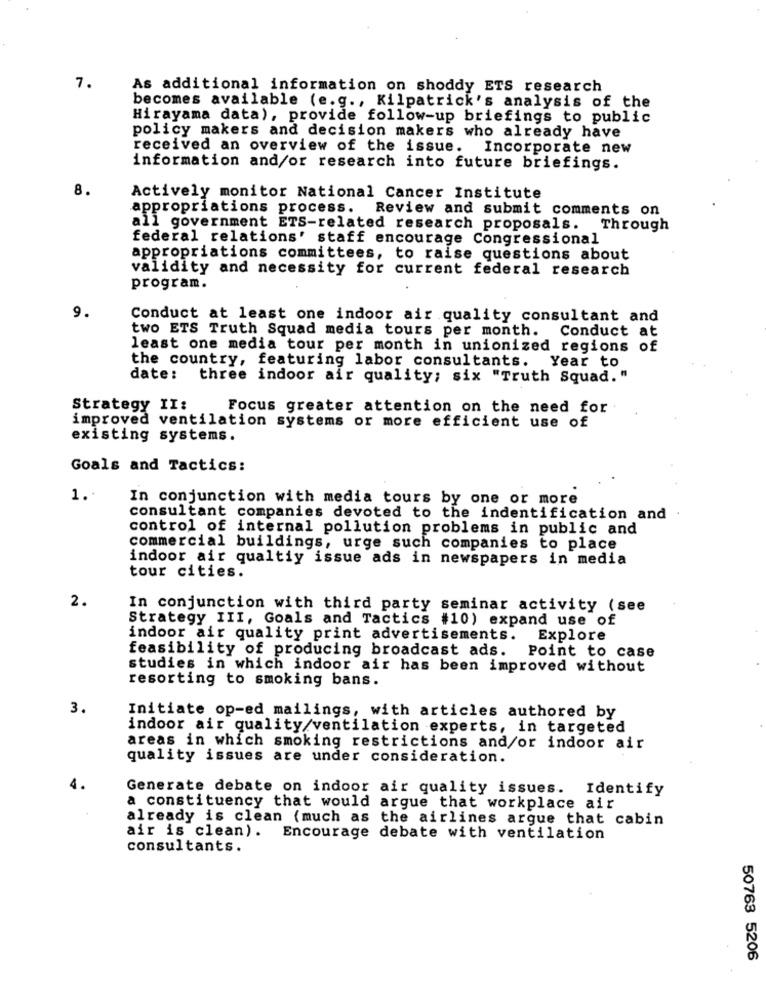
7.
As additional information on shoddy ETS research
becomes available (e.g ., Kilpatrick's analysis of the
Hirayama data), provide follow-up briefings to public
policy makers and decision makers who already have
received an overview of the issue. Incorporate new
information and/or research into future briefings.
8.
Actively monitor National Cancer Institute
appropriations process. Review and submit comments on
all government ETS-related research proposals.
Through
federal relations' staff encourage Congressional
appropriations committees, to raise questions about
validity and necessity for current federal research
program.
9.
Conduct at least one indoor air quality consultant and
two ETS Truth Squad media tours per month. Conduct at
least one media tour per month in unionized regions of
the country, featuring labor consultants. Year to
date: three indoor air quality; six "Truth Squad. "
Strategy II:
Focus greater attention on the need for
improved ventilation systems or more efficient use of
existing systems.
Goals and Tactics:
1 ..
In conjunction with media tours by one or more
consultant companies devoted to the indentification and
control of internal pollution problems in public and
commercial buildings, urge such companies to place
indoor air qualtiy issue ads in newspapers in media
tour cities.
2.
In conjunction with third party seminar activity (see
Strategy III, Goals and Tactics #10) expand use of
indoor air quality print advertisements. Explore
feasibility of producing broadcast ads.
Point to case
studies in which indoor air has been improved without
resorting to smoking bans.
3.
Initiate op-ed mailings, with articles authored by
indoor air quality/ventilation experts, in targeted
areas in which smoking restrictions and/or indoor air
quality issues are under consideration.
4.
Generate debate on indoor air quality issues. Identify
a constituency that would argue that workplace air
already is clean (much as the airlines argue that cabin
air is clean). Encourage debate with ventilation
consultants.
50763 5206